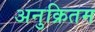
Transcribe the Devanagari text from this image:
अनुक्रितम